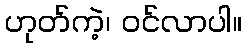
ဟုတ်ကဲ့၊ ဝင်လာပါ။